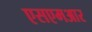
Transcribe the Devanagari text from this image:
एसएमआर